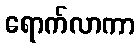
ရောက်လာကာ